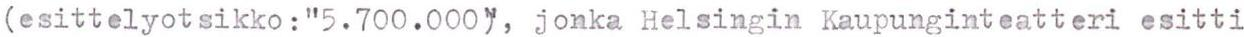
(esittelyotsikko:"5.700.000", jonka Helsingin Kaupunginteatteri esitti